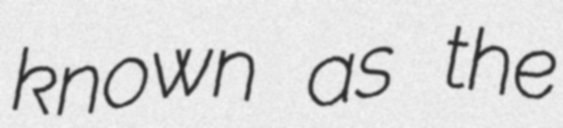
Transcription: known as the